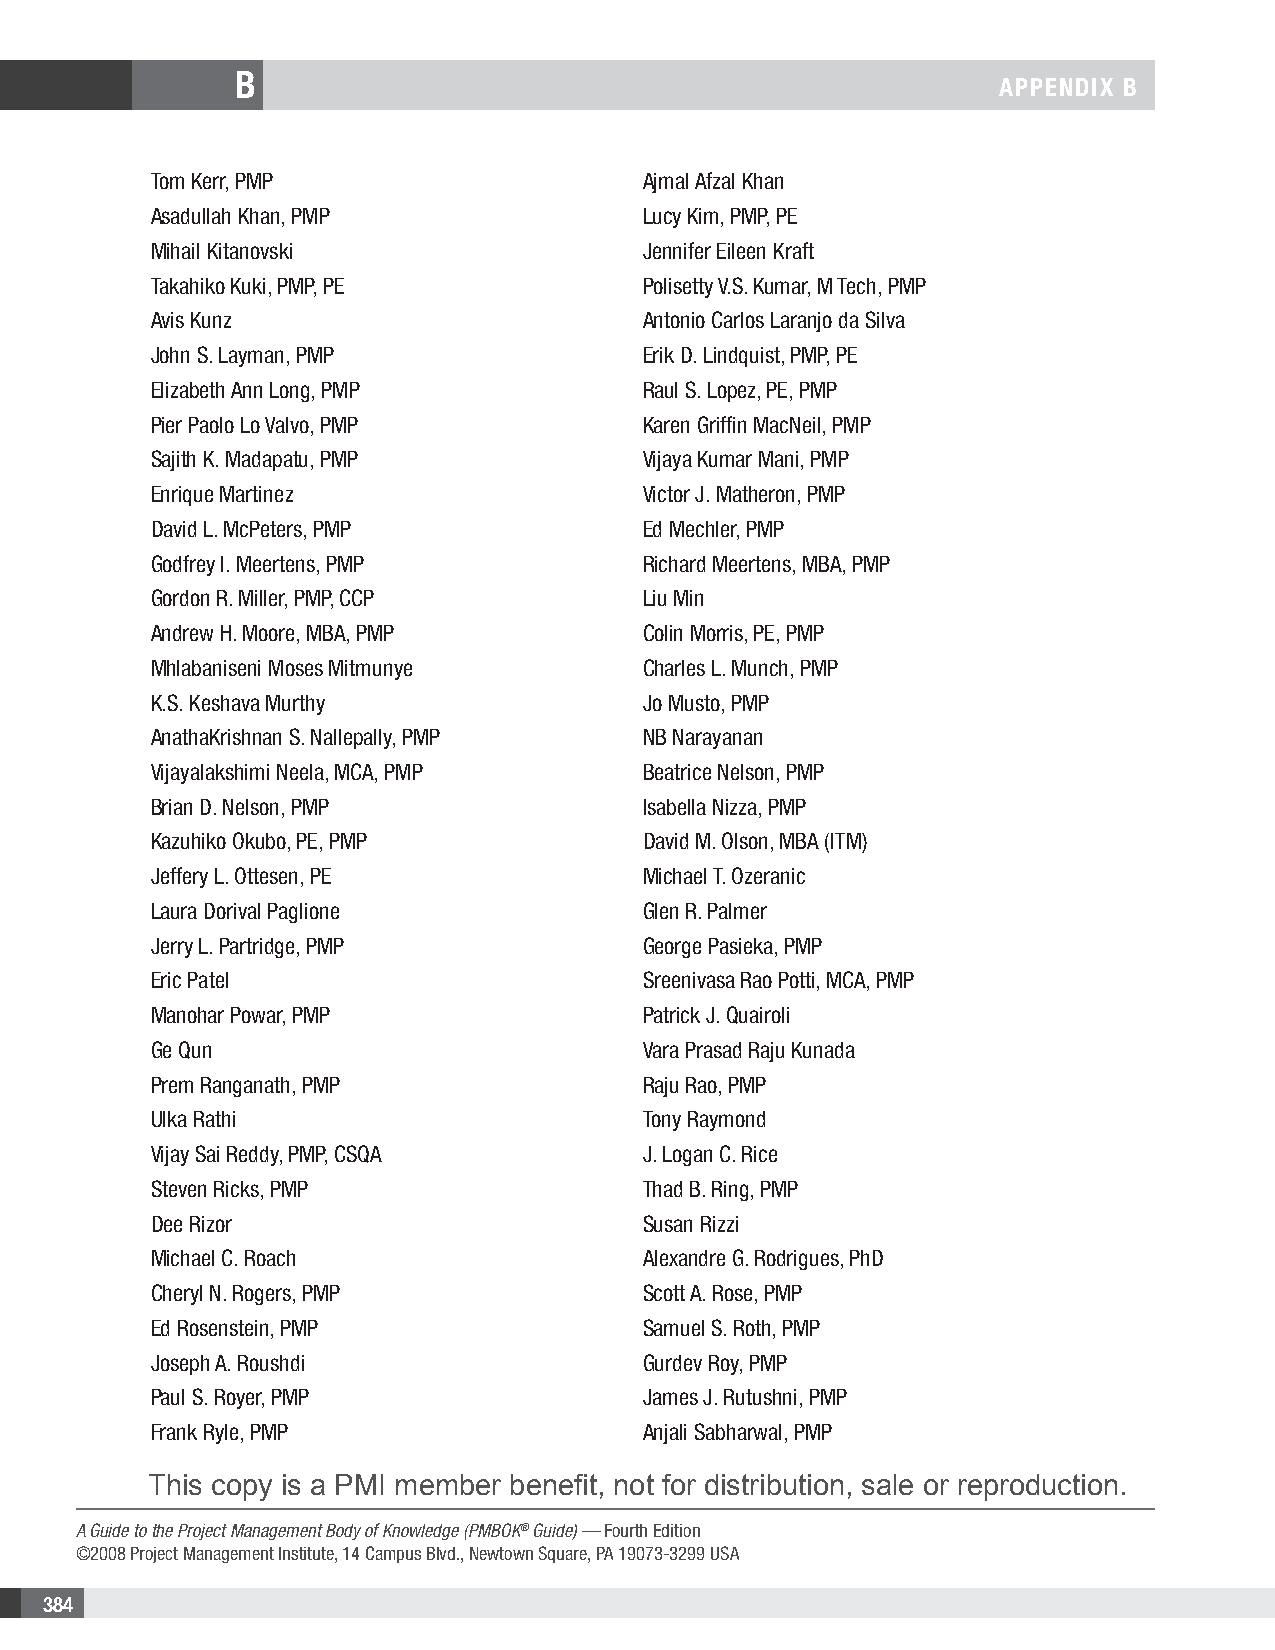
B
 APPENDIX B
 Tom Kerr, PMP                    Ajmal Afzal Khan
 Asadullah Khan, PMP              Lucy Kim, PMP, PE
 Mihail Kitanovski                Jennifer Eileen Kraft
 Takahiko Kuki, PMP, PE           Polisetty V.S. Kumar, M Tech, PMP
 Avis Kunz                        Antonio Carlos Laranjo da Silva
 John S. Layman, PMP              Erik D. Lindquist, PMP, PE
 Elizabeth Ann Long, PMP          Raul S. Lopez, PE, PMP
 Pier Paolo Lo Valvo, PMP         Karen Griffin MacNeil, PMP
 Sajith K. Madapatu, PMP          Vijaya Kumar Mani, PMP
 Enrique Martinez                 Victor J. Matheron, PMP
 David L. McPeters, PMP           Ed Mechler, PMP
 Godfrey I. Meertens, PMP         Richard Meertens, MBA, PMP
 Gordon R. Miller, PMP, CCP       Liu Min
 Andrew H. Moore, MBA, PMP        Colin Morris, PE, PMP
 Mhlabaniseni Moses Mitmunye      Charles L. Munch, PMP
 K.S. Keshava Murthy              Jo Musto, PMP
 AnathaKrishnan S. Nallepally, PMP NB Narayanan
 Vijayalakshimi Neela, MCA, PMP   Beatrice Nelson, PMP
 Brian D. Nelson, PMP             Isabella Nizza, PMP
 Kazuhiko Okubo, PE, PMP          David M. Olson, MBA (ITM)
 Jeffery L. Ottesen, PE           Michael T. Ozeranic
 Laura Dorival Paglione           Glen R. Palmer
 Jerry L. Partridge, PMP          George Pasieka, PMP
 Eric Patel                       Sreenivasa Rao Potti, MCA, PMP
 Manohar Powar, PMP               Patrick J. Quairoli
 Ge Qun                           Vara Prasad Raju Kunada
 Prem Ranganath, PMP              Raju Rao, PMP
 Ulka Rathi                       Tony Raymond
 Vijay Sai Reddy, PMP, CSQA       J. Logan C. Rice
 Steven Ricks, PMP                Thad B. Ring, PMP
 Dee Rizor                        Susan Rizzi
 Michael C. Roach                 Alexandre G. Rodrigues, PhD
 Cheryl N. Rogers, PMP            Scott A. Rose, PMP
 Ed Rosenstein, PMP               Samuel S. Roth, PMP
 Joseph A. Roushdi                Gurdev Roy, PMP
 Paul S. Royer, PMP               James J. Rutushni, PMP
 Frank Ryle, PMP                  Anjali Sabharwal, PMP
 This copy is a PMI member benefit, not for distribution, sale or reproduction.
 A Guide to the Project Management Body of Knowledge (PMBOK® Guide) — Fourth Edition
 ©2008 Project Management Institute, 14 Campus Blvd., Newtown Square, PA 19073-3299 USA
 384